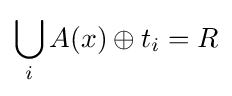
\bigcup _{i}A(x)\oplus t_{i}=R